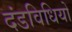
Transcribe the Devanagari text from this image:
दंडविधियों